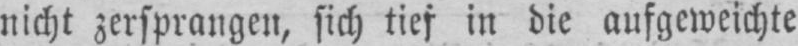
nicht zersprangen, sich tief in die aufgeweichte